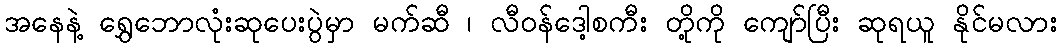
အနေနဲ့ ရွှေဘောလုံးဆုပေးပွဲမှာ မက်ဆီ ၊ လီဝန်ဒေါ့စကီး တို့ကို ကျော်ပြီး ဆုရယူ နိုင်မလား